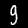
Digit: 9